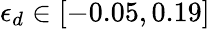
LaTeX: \epsilon_{d}\in[-0.05,0.19]